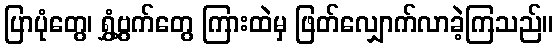
ပြာပုံတွေ၊ ရွှံ့ဗွက်တွေ ကြားထဲမှ ဖြတ်လျှောက်လာခဲ့ကြသည်။